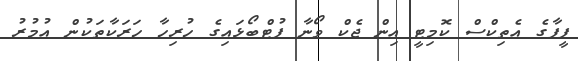
ފީފާގެ އެތިކްސް ކޮމިޓީ އިން ޖެކް ވޯނާ ފުޓްބޯޅައިގެ ހުރިހާ ހަރަކާތަކުން އުމުރު